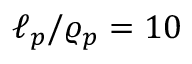
\ell _ { p } / \varrho _ { p } = 1 0